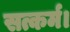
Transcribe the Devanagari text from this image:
सत्कर्म।